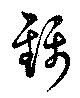
錦